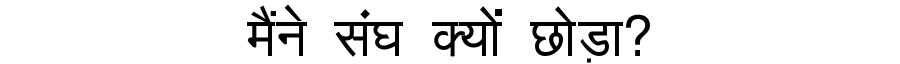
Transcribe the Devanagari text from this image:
मैंने संघ क्यों छोड़ा?